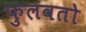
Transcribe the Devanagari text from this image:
फुलवतो